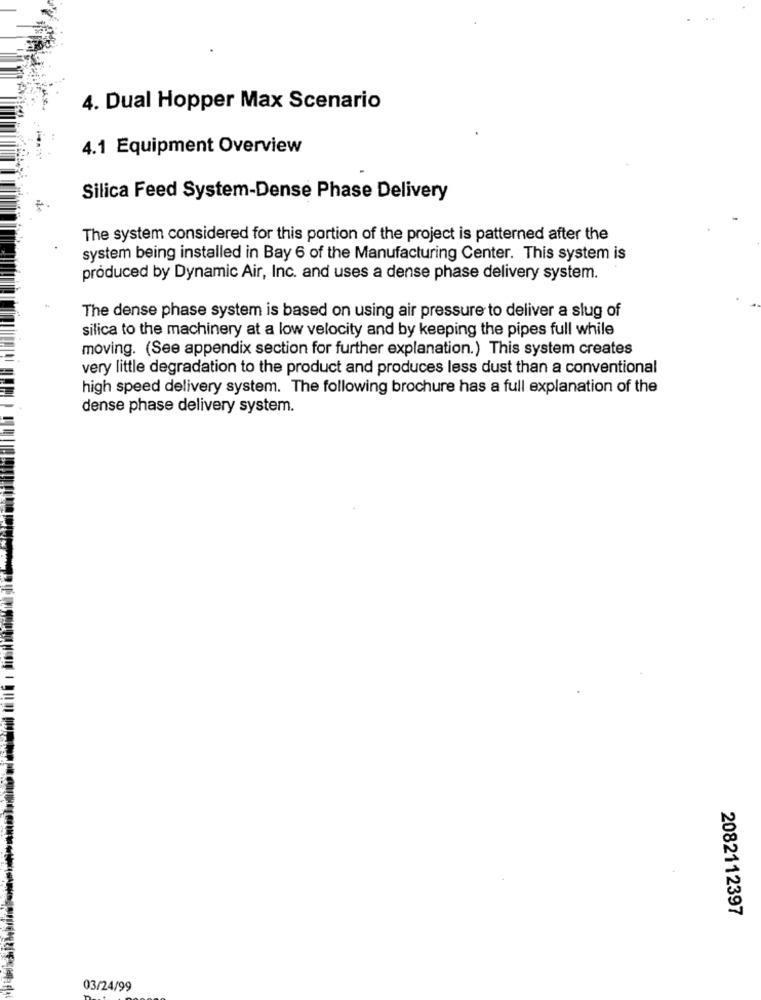
4. Dual Hopper Max Scenario
4.1 Equipment Overview
Silica Feed System-Dense Phase Delivery
The system considered for this portion of the project is patterned after the
system being installed in Bay 6 of the Manufacturing Center. This system is
produced by Dynamic Air, Inc. and uses a dense phase delivery system.
The dense phase system is based on using air pressure to deliver a slug of
silica to the machinery at a low velocity and by keeping the pipes full while
moving. (See appendix section for further explanation.) This system creates
very little degradation to the product and produces less dust than a conventional
high speed delivery system. The following brochure has a full explanation of the
dense phase delivery system.
2082112397
03/24/99